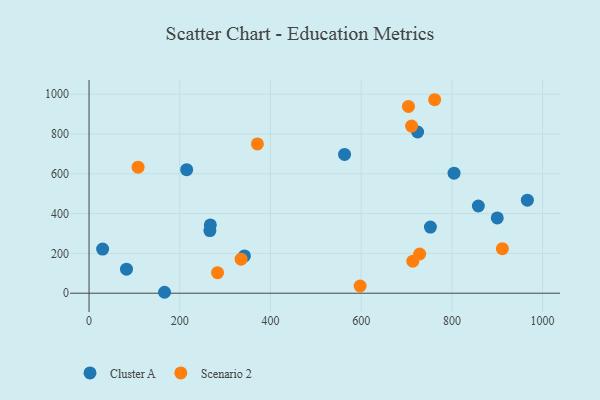
{"axis": {"x": "Ad Spend", "y": "Fuel Efficiency"}, "legend": ["Cluster A", "Scenario 2"], "data": [{"x": "166.4", "y": 4.7, "type": "Cluster A"}, {"x": "804.7", "y": 603.1, "type": "Cluster A"}, {"x": "342.6", "y": 187.4, "type": "Cluster A"}, {"x": "752.6", "y": 332.1, "type": "Cluster A"}, {"x": "29.9", "y": 221.6, "type": "Cluster A"}, {"x": "858.3", "y": 438.2, "type": "Cluster A"}, {"x": "966.4", "y": 467.5, "type": "Cluster A"}, {"x": "215.2", "y": 620.7, "type": "Cluster A"}, {"x": "82.5", "y": 121.0, "type": "Cluster A"}, {"x": "266.4", "y": 314.7, "type": "Cluster A"}, {"x": "900.0", "y": 378.1, "type": "Cluster A"}, {"x": "267.4", "y": 343.1, "type": "Cluster A"}, {"x": "724.4", "y": 810.0, "type": "Cluster A"}, {"x": "563.3", "y": 697.1, "type": "Cluster A"}, {"x": "283.3", "y": 103.3, "type": "Scenario 2"}, {"x": "911.3", "y": 223.6, "type": "Scenario 2"}, {"x": "597.6", "y": 36.2, "type": "Scenario 2"}, {"x": "762.0", "y": 972.1, "type": "Scenario 2"}, {"x": "335.2", "y": 170.8, "type": "Scenario 2"}, {"x": "711.1", "y": 839.5, "type": "Scenario 2"}, {"x": "728.9", "y": 197.0, "type": "Scenario 2"}, {"x": "704.2", "y": 938.4, "type": "Scenario 2"}, {"x": "371.1", "y": 750.1, "type": "Scenario 2"}, {"x": "108.1", "y": 633.3, "type": "Scenario 2"}, {"x": "713.8", "y": 161.0, "type": "Scenario 2"}]}